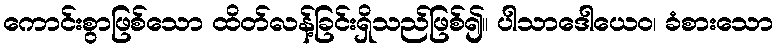
ကောင်းစွာဖြစ်သော ထိတ်လန့်ခြင်းရှိသည်ဖြစ်၍။ ပါသာဒေါယေဝ၊ ခံစားသော